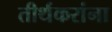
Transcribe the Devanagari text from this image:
तीर्थकरांना